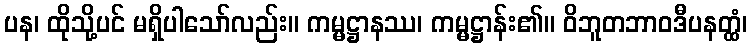
ပန၊ ထိုသို့ပင် မရှိပါသော်လည်း။ ကမ္မဋ္ဌာနဿ၊ ကမ္မဋ္ဌာန်း၏။ ဝိဘူတဘာဝဒီပနတ္ထံ၊